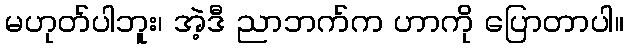
မဟုတ်ပါဘူး၊ အဲ့ဒီ ညာဘက်က ဟာကို ပြောတာပါ။